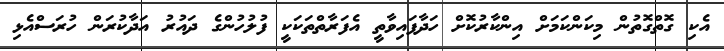
އެކި ގޮތްގޮތުން މިކަންކަމަށް އިންކާރުކޮށް ހަދާފައިވާތީ އެފަރާތްތަކަކީ ފުލުހުންގެ ދައުރު އަދާކުރަން ހުރަސްއެޅި